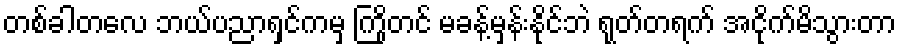
တစ်ခါတလေ ဘယ်ပညာရှင်ကမှ ကြိုတင် မခန့်မှန်းနိုင်ဘဲ ရုတ်တရက် အငိုက်မိသွားတာ